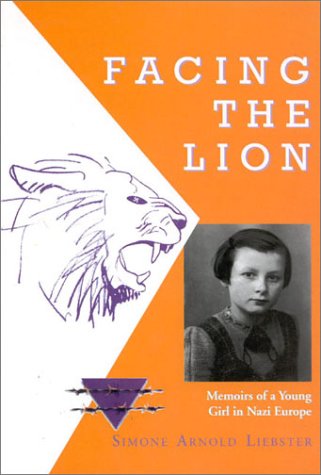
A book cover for Facing The Lion: Memoirs of a Young Girl in Nazi Europe; Simone Arnold Liebster; Biographies & Memoirs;